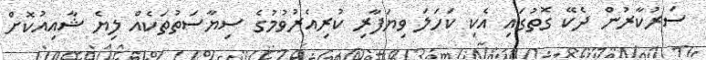
ސަރުކާރުން ދެކޭ ގޮތުގައި އެކި ކަހަލަ ވިޔަފާރި ކުރިއެރުވުމުގެ ސިޔާސަތުތަކެއް ލިޔެ ޝާއިއުކޮށް